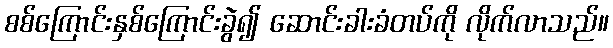
စစ်ကြောင်းနှစ်ကြောင်းခွဲ၍ ဆောင်းခါးခံတပ်ကို လိုက်လာသည်။